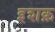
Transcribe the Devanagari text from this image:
इशक़